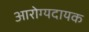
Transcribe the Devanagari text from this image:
आरोग्यदायक